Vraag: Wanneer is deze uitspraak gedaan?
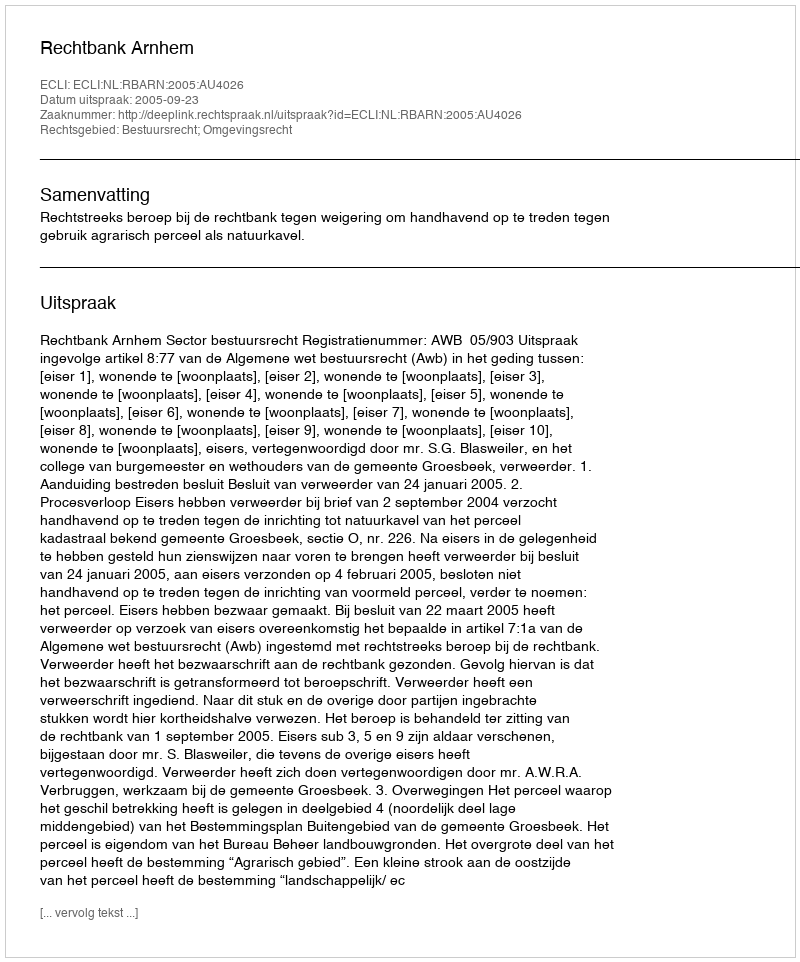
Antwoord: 2005-09-23